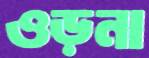
ওড়না